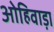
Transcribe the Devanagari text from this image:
ओहिवाड़ा